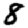
Digit: 8